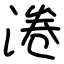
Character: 淃